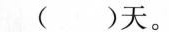
( )天。